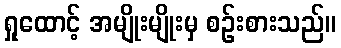
ရှုထောင့် အမျိုးမျိုးမှ စဉ်းစားသည်။